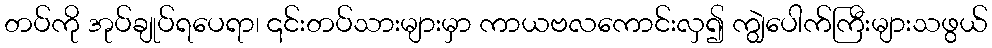
တပ်ကို အုပ်ချုပ်ရပေရာ၊ ၎င်းတပ်သားများမှာ ကာယဗလကောင်းလှ၍ ကျွဲပေါက်ကြီးများသဖွယ်